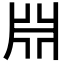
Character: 𣶒